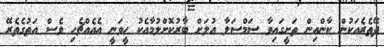
ދޭތެރެއަކުން ކާންއިން ތަށީގައިވާ ސަމްސަލާ އުލަށް ބާރުކޮށްލުމާއެކު ހީވަނީ އެއެއްޗެހި ވެސް އަތުގެތެރޭ